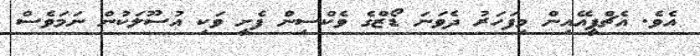
އެވެ. އެޗްޕީއޭއިން މިފަހަރު ދެވަނަ ޑޯޒްގެ ވެކްސިން ފެށީ ވަކި އުސޫލަކުން ނަމަވެސް